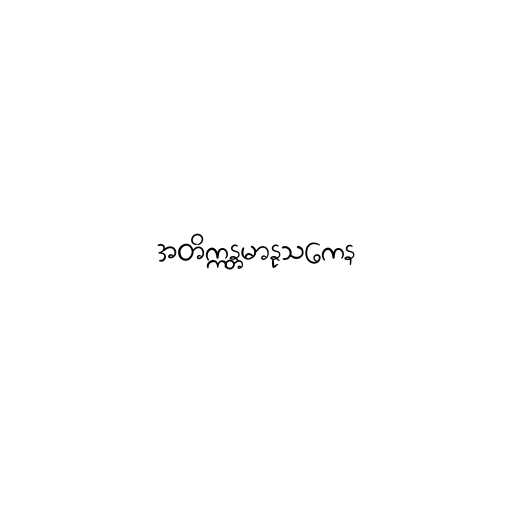
အတိက္ကန္တမာနုသကေန